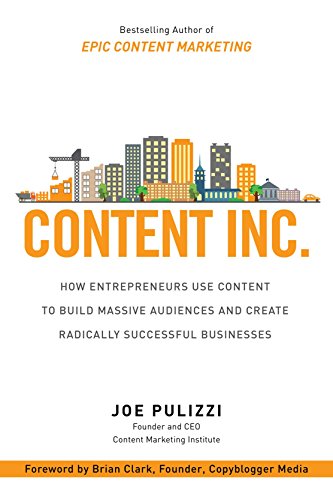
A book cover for Content Inc.: How Entrepreneurs Use Content to Build Massive Audiences and Create Radically  Successful Businesses; Joe Pulizzi; Computers & Technology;